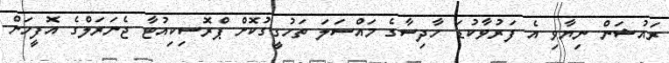
ރައުޝަން ނިޔާވި އެ ފަރުވާކުޑަ ހާދިސާގެ މައްސަލަ ތަހުގީގުކޮށް ޕްރޮސިކިއުޓާ ޖެނަރަލްގެ އޮފީހަށް